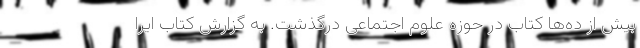
بیش از ده‌ها کتاب در حوزه علوم اجتماعی درگذشت. به گزارش کتاب ایرا